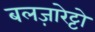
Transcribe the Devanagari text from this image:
बलज़ारेट्टो